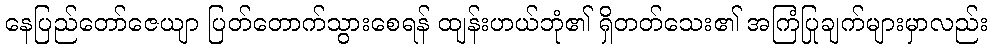
နေပြည်တော်ဇေယျာ ပြတ်တောက်သွားစေရန် ထျန်းဟယ်ဘုံ၏ ရှိတတ်သေး၏ အကြံပြုချက်များမှာလည်း